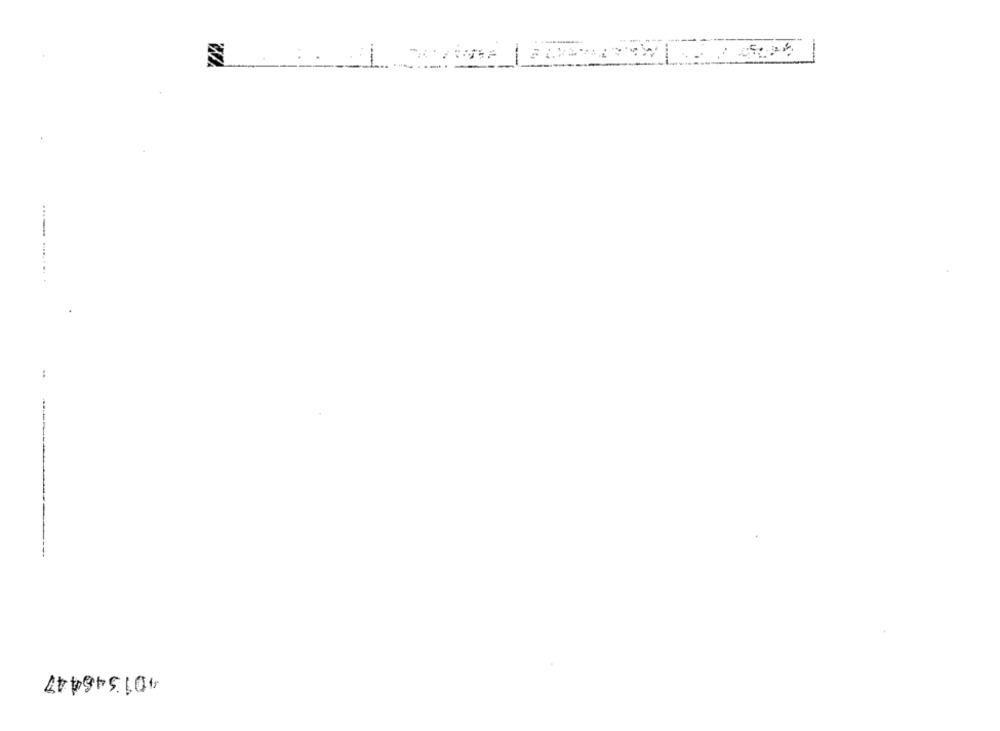
401346447